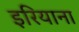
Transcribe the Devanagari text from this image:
इरियाना